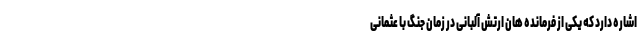
اشاره دارد که یکی از فرمانده هان ارتش آلبانی در زمان جنگ با عثمانی